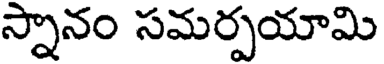
స్నానం సమర్పయామి